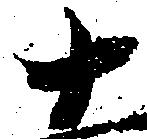
十